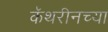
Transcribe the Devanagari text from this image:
कॅथरीनच्या